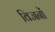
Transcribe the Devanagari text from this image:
विजनों